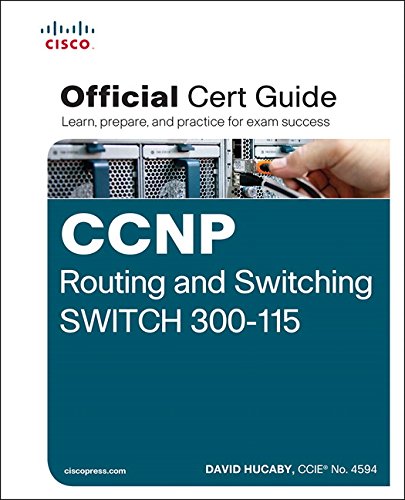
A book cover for CCNP Routing and Switching SWITCH 300-115 Official Cert Guide; David Hucaby; Computers & Technology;